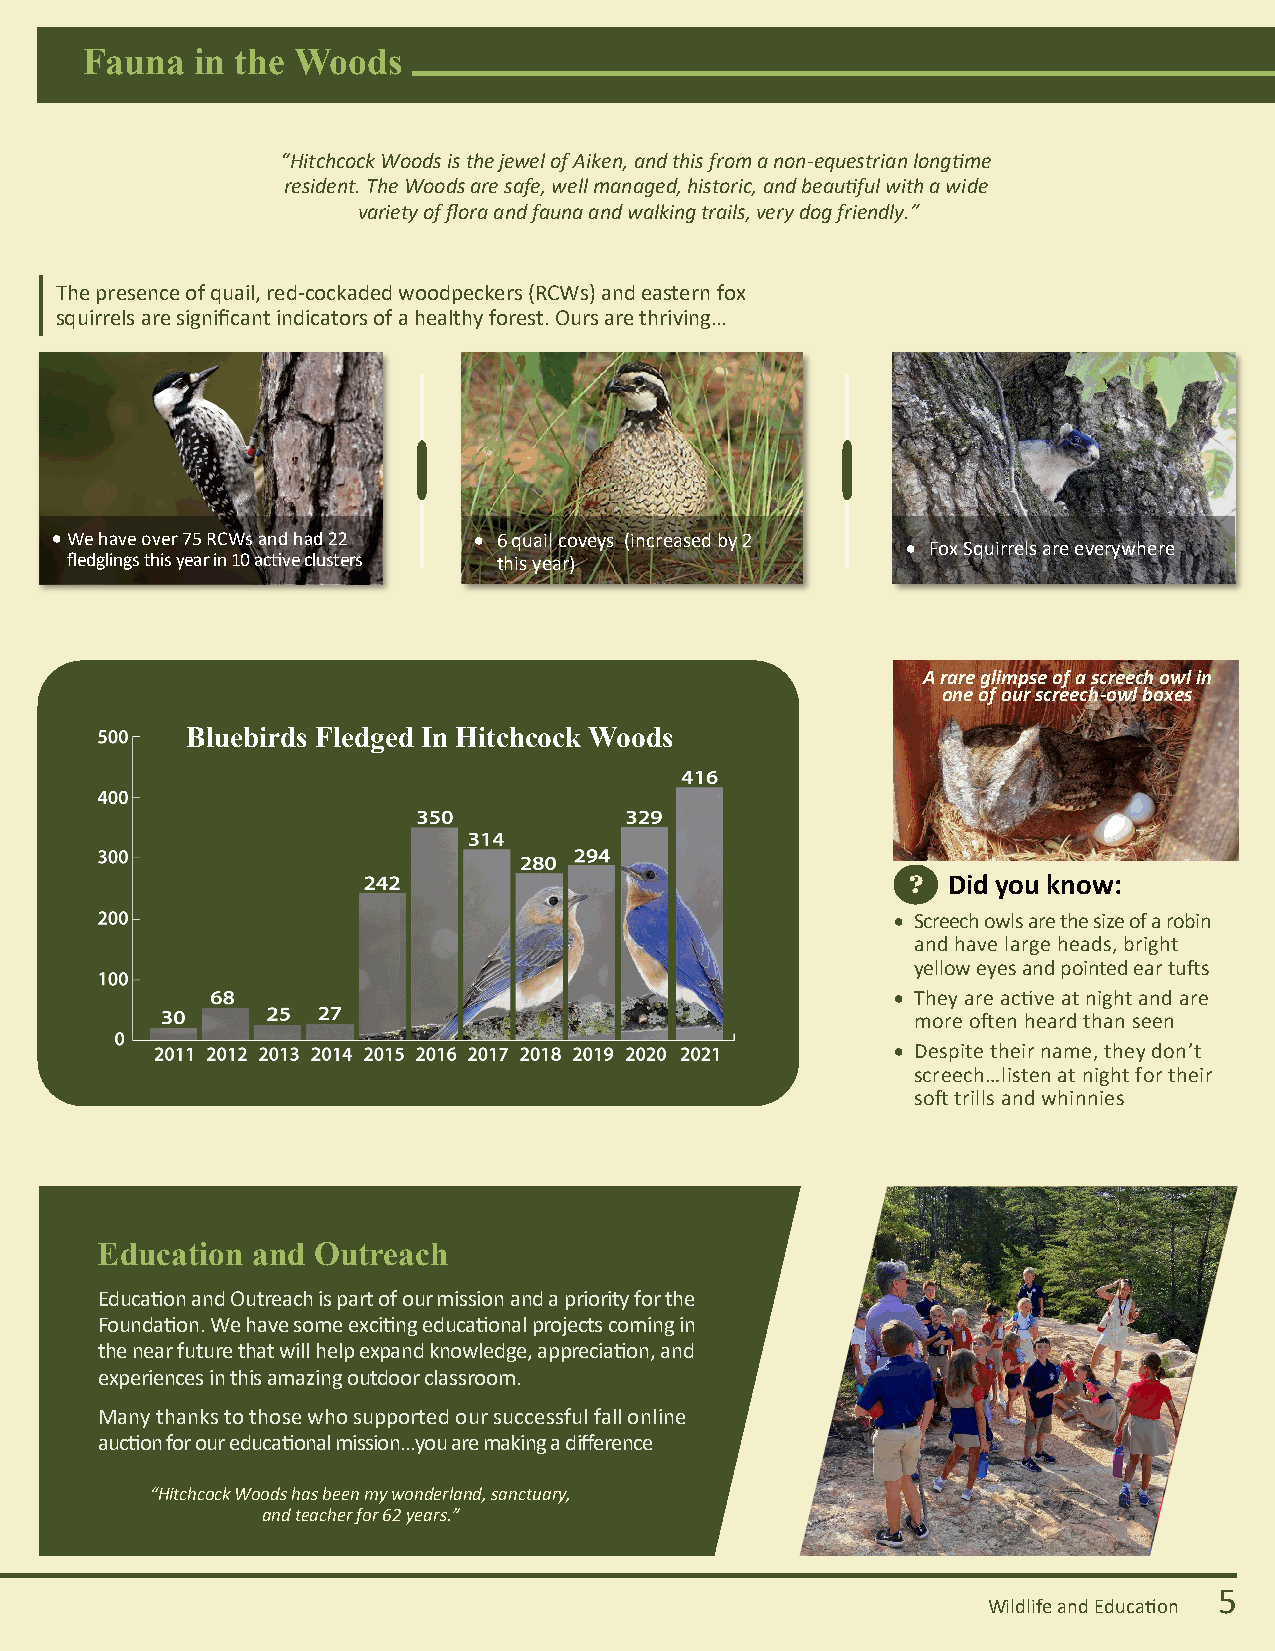
Fauna   in the Woods
 “Hitchcock Woods is the jewel of Aiken, and this from a non-equestrian longtime
 resident. The Woods are safe, well managed, historic, and beautiful with a wide
 variety of flora and fauna and walking trails, very dog friendly.”
 The presence of quail, red-cockaded woodpeckers (RCWs) and eastern fox
 squirrels are significant indicators of a healthy forest. Ours are thriving…
 • We have over 75 RCWs and had 22 • 6 quail coveys (increased by 2
 • Fox Squirrels are everywhere
 fledglings this year in 10 active clusters this year)
 A rare glimpse of a screech owl in
 one of our screech-owl boxes
 Bluebirds Fledged In Hitchcock Woods
 ?  Did you know:
 • Screech owls are the size of a robin
 and have large heads, bright
 yellow eyes and pointed ear tufts
 • They are active at night and are
 more often heard than seen
 • Despite their name, they don’t
 screech…listen at night for their
 soft trills and whinnies
 Education  and Outreach
 Education and Outreach is part of our mission and a priority for the
 Foundation. We have some exciting educational projects coming in
 the near future that will help expand knowledge, appreciation, and
 experiences in this amazing outdoor classroom.
 Many thanks to those who supported our successful fall online
 auction for our educational mission…you are making a difference
 “Hitchcock Woods has been my wonderland, sanctuary,
 and teacher for 62 years.”
 5
 Wildlife and Education